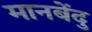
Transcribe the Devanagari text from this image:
मानबेंदु